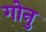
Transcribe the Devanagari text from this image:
गोनु